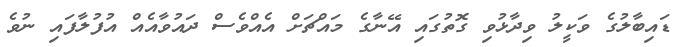
ޑައިބާލުގެ ވަކީލު ވިދާޅުވި ގޮތުގައި އޭނާގެ މައްޗަށް އެއްވެސް ދައުވާއެއް އުފުލާފައި ނުވެ